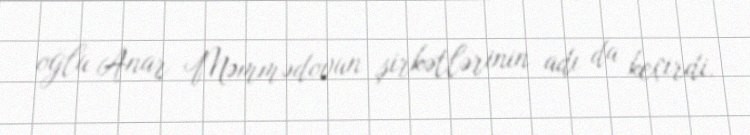
oğlu Anar Məmmədovun şirkətlərinin adı da keçirdi.